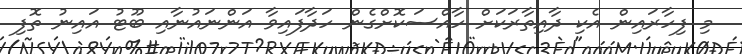
މި ފިހާރައިން އެކި ދާއިތާރަކަށް ހާއްސަކޮށްގެން ހަދާފައިވާ އަންނައުނާއި ބޫޓު އައިނު ތޮފި